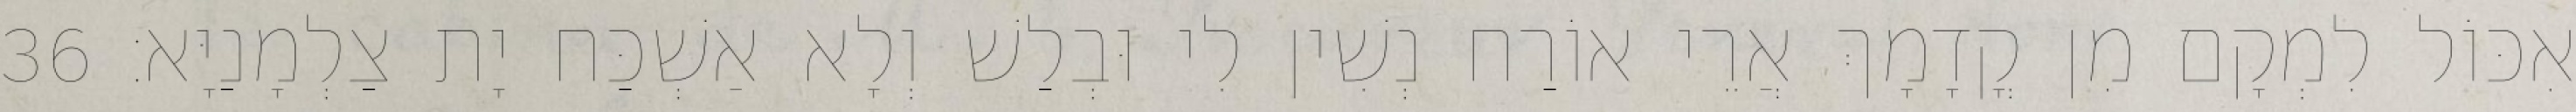
אִכּוֹל לִמְקָם מִן קֳדָמָךְ אֲרֵי אוֹרַח נְשִׁין לִי וּבְלַשׁ וְלָא אַשְׁכַּח יָת צַלְמָנַיָּא׃ 36